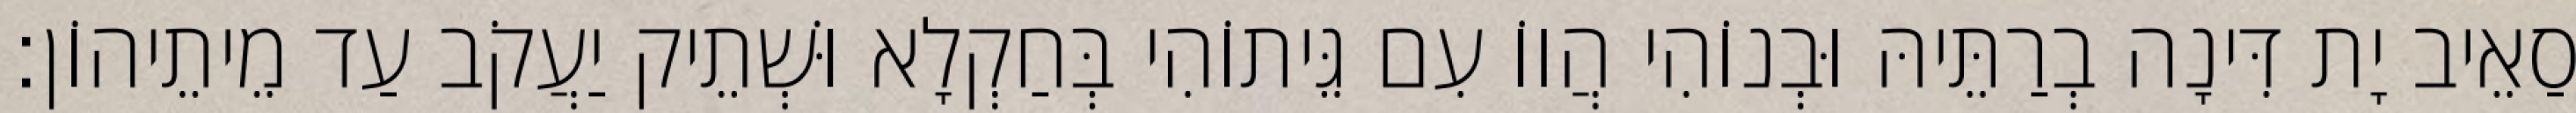
סַאֵיב יָת דִּינָה בְרַתֵּיהּ וּבְנוֹהִי הֲווֹ עִם גֵּיתוֹהִי בְּחַקְלָא וּשְׁתֵיק יַעֲקֹב עַד מֵיתֵיהוֹן׃